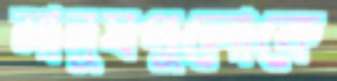
মানুষগুলোকে